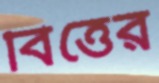
বিত্তের